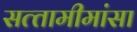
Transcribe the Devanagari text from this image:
सत्‍तामीमांसा